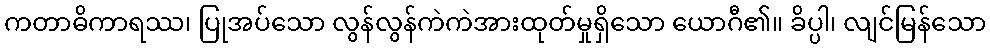
ကတာဓိကာရဿ၊ ပြုအပ်သော လွန်လွန်ကဲကဲအားထုတ်မှုရှိသော ယောဂီ၏။ ခိပ္ပါ၊ လျင်မြန်သော